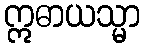
ဣဓာယသ္မာ